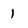
Character: 1